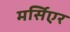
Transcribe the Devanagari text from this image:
मर्सिएर